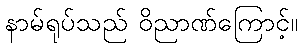
နာမ်ရုပ်သည် ဝိညာဏ်ကြောင့်။